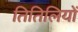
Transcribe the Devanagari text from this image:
तितिलियों